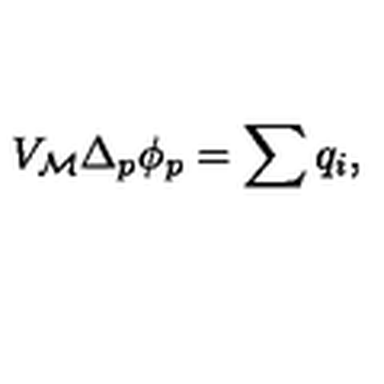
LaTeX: V _ { \cal M } \Delta _ { p } \phi _ { p } = \sum q _ { i } ,